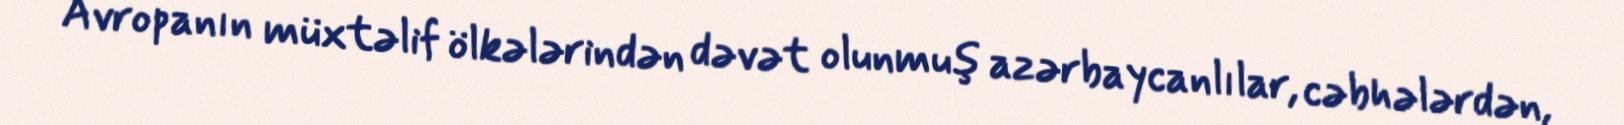
Avropanın müxtəlif ölkələrindən dəvət olunmuş azərbaycanlılar, cəbhələrdən,